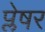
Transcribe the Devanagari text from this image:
प्लेषर